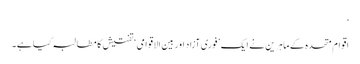
‘
اقوام متحدہ کے ماہرین نے ایک ’فوری آزاد اور بین الاقوامی‘ تفتیش کا مطالبہ کیا ہے۔